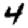
Digit: 4